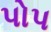
પોપ